Annual statistical returns and brief notes on vaccination in Bengal - 1896-1909
Year: 1896
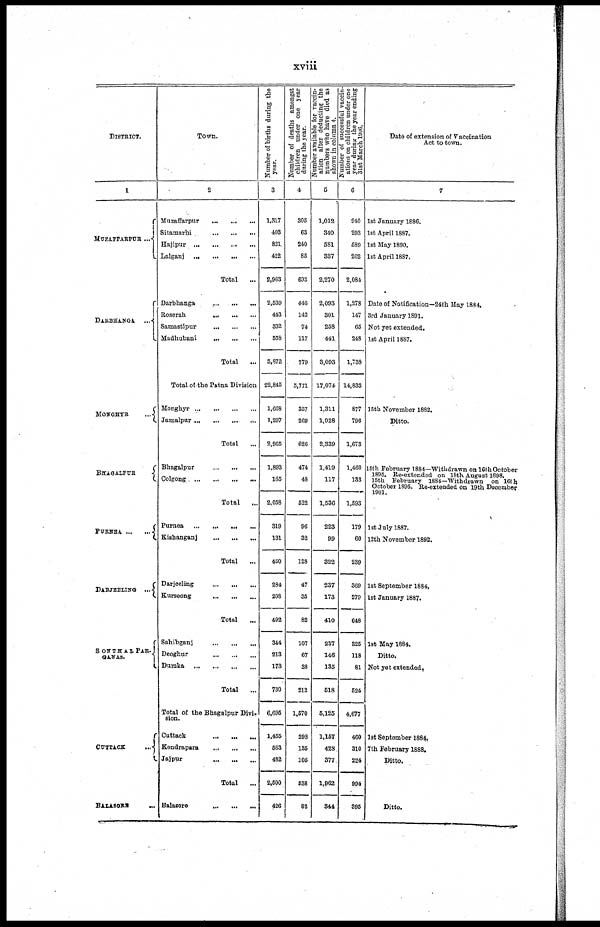
xviii
DISTRICT.
1
MUZAFFARPUR ...
DARBHANGA
...
MONGHYR
...
BHAGALPUR
PURNEA
...
...
DARJEELING
...
SONTHALPAR-
GANAS.
CUTTACK
...
BALASORE
...
Town.
2
Muzaffarpur
...
...
...
Sitamarhi
...
...
...
Hajipur
...
...
...
...
Lalganj
...
...
...
...
Total ...
Darbhanga
...
...
...
Roserah
...
...
...
Samastipur
...
...
...
Madhubani
...
...
...
Total ...
Total of the Patna Division
Monghyr
...
...
...
...
Jamalpur
...
...
...
...
Total ...
Bhagalpur
...
...
...
Colgong
...
...
...
...
Total
...
Purnea
...
...
...
...
Kishanganj
...
...
...
Total ...
Darjeeling
...
...
...
Kurseong
...
...
...
Total
...
Sahibganj
...
...
...
Deoghur
...
...
...
Dumka
...
...
...
...
Total
...
Total of the Bhagalpur Divi-
sion.
Cuttack
...
...
...
Kendrapara
...
...
...
Jaipur
...
...
...
Total
...
Balasore
...
...
...
Number of births during the
year.
3
1,317
403
821
422
2,963
2,539
443
332
558
3,872
22,845
1,668
1,297
2,965
1,893
165
2,058
319
131
450
284
208
492
344
213
173
730
6,695
1,455
563
482
2,500
426
Number of deaths amongst
children under one year
during the year.
4
305
63
240
85
693
446
142
74
117
779
5,771
357
269
626
474
48
522
96
32
128
47
35
82
10
67
38
212
1,570
298
13
10
538
82
Number available for vaccin-
ation after deducting the
numbers who have died as
shown in column 4.
5
1,012
340
581
337
2,270
2,093
301
258
441
3,093
17,074
1,311
1,028
2,339
1,419
117
1,536
223
99
322
237
173
410
237
146
135
518
5,125
1,157
428
377
1,962
344
Number of successful vaccin-
ations on children under one
year during the year ending
31st March 1906.
6
940
293
589
262
2,084
1,278
147
65
248
1,738
14,833
877
796
1,673
1,460
133
1,593
179
60
239
369
279
648
325
118
81
524
4,677
460
310
224
994
395
Date of extension of Vaccination
Act to town.
7
1st January 1886.
1st April 1887.
1st May 1890.
1st April 1887.
Date of Notification—24th May 1884.
3rd January 1891.
Not yet extended.
1st April 1887.
15 th November 1882.
Ditto.
15th February 1884— Withdrawn on 16 th October
1895. Re-extended on 18th. August 1898.
15th February 1884—Withdrawn on 16 th
October 1895. Re-extended on 19th December
1901.
1st July 1887.
12th November 1892.
1st September 1884.
1st January 1887.
1st May 1884.
Ditto.
Not yet extended.
1st September 1884.
7th February 1888.
Ditto.
Ditto.